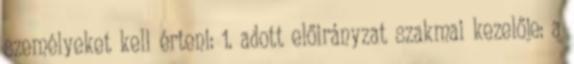
személyeket kell érteni: 1. adott előirányzat szakmai kezelője: a